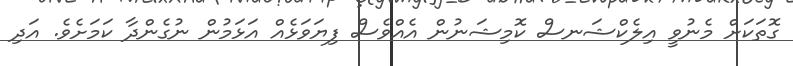
ގޮތަކަށް މެނުވީ އިލެކްޝަނސް ކޮމިޝަނުން އެއްވެސް ފިޔަވަޅެއް އަޅަމުން ނުގެންދާ ކަމަށެވެ. އަދި